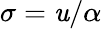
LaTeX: \sigma=\mathit{u}/\alpha